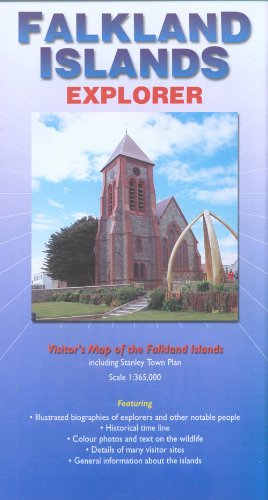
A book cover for Falkland Islands Explorer Map; Ocean Explorer maps; Travel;